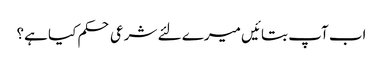
اب آپ بتائیں میرے لئے شرعی حکم کیا ہے؟